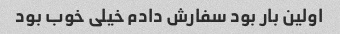
اولین بار بود سفارش دادم خیلی خوب بود